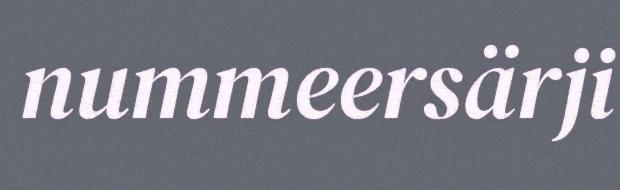
nummeersärji